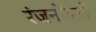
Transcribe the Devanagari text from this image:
रंजनोंवाले